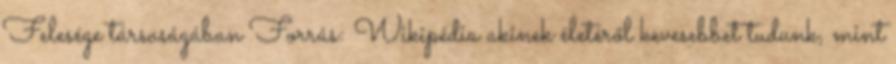
Felesége társaságában Forrás: Wikipédia akinek életéről kevesebbet tudunk, mint